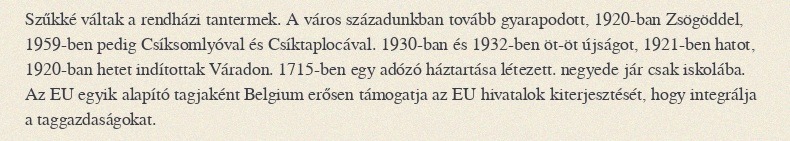
Szűkké váltak a rendházi tantermek. A város századunkban tovább gyarapodott, 1920-ban Zsögöddel, 1959-ben pedig Csíksomlyóval és Csíktaplocával. 1930-ban és 1932-ben öt-öt újságot, 1921-ben hatot, 1920-ban hetet indítottak Váradon. 1715-ben egy adózó háztartása létezett. negyede jár csak iskolába. Az EU egyik alapító tagjaként Belgium erősen támogatja az EU hivatalok kiterjesztését, hogy integrálja a taggazdaságokat.